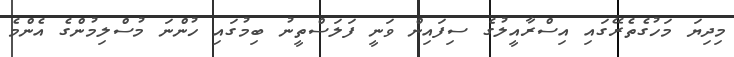
މިދިޔަ މަހުގެތެރޭގައި އިސްރާއީލުގެ ސިފައިން ވަނީ ފަލަސްތީނު ބިމުގައި ހުންނަ މުސްލިމުންގެ އެންމެ